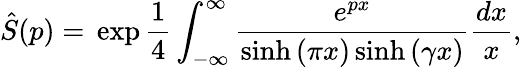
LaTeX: \hat{S}(p)=\, \exp\frac{1}{4}\int_{-\infty}^{\infty}\frac{e^{px}}{\sinh{(\pi x)}\sinh{(\gamma x)}}\frac{dx}{x},